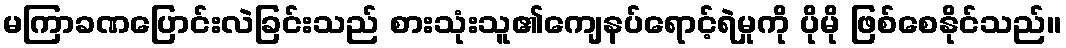
မကြာခဏပြောင်းလဲခြင်းသည် စားသုံးသူ၏ကျေနပ်ရောင့်ရဲမှုကို ပိုမို ဖြစ်စေနိုင်သည်။